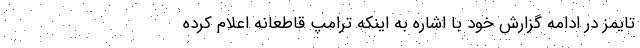
تایمز در ادامه گزارش خود با اشاره به اینکه ترامپ قاطعانه اعلام کرده